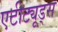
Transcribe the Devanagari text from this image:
एटीट्यूड्स